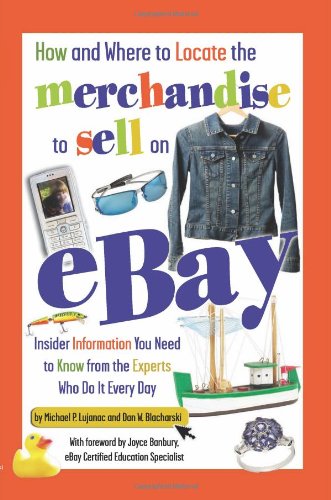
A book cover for How and Where to Locate the Merchandise to Sell on eBay: Insider Information You Need to Know from the Experts Who Do It Every Day; Dan W. Blacharski; Computers & Technology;